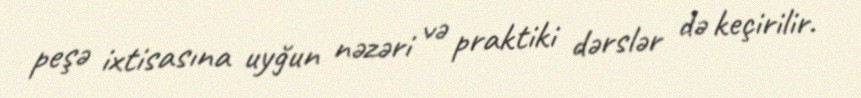
peşə ixtisasına uyğun nəzəri və praktiki dərslər də keçirilir.